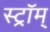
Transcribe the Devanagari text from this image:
स्ट्रॉम्‌